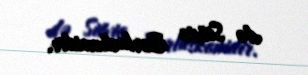
də Silvio Berluskonidir.